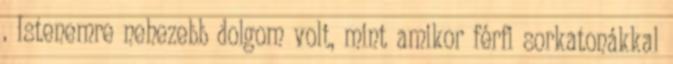
. Istenemre nehezebb dolgom volt, mint amikor férfi sorkatonákkal